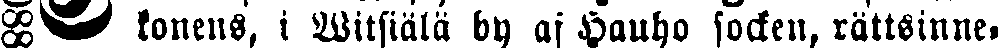
# konens, i Witsiälä by af Hauho socken, rättsinne-